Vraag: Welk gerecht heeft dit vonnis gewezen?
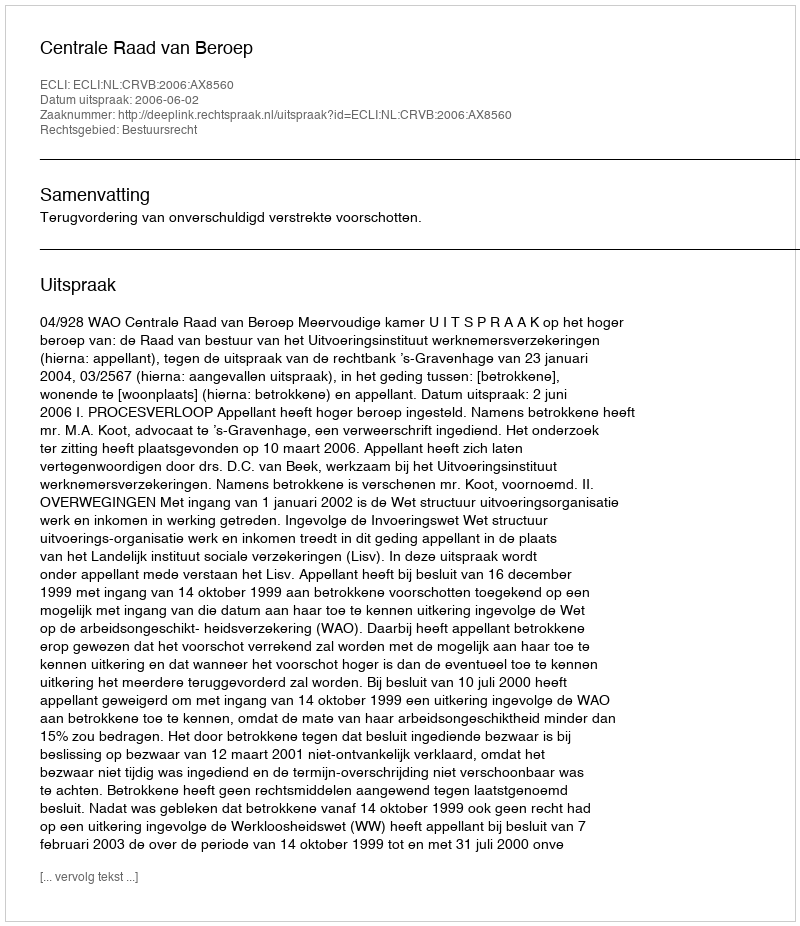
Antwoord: Centrale Raad van Beroep